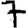
Digit: 7